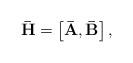
LaTeX: \begin{align*}\mathbf{\bar{H}} = \left[\mathbf{\bar{A}}, \mathbf{\bar{B}}\right],\end{align*}